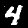
Label: 4